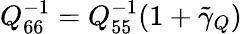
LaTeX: Q_{66}^{-1}=Q_{55}^{-1}(1+\tilde{\gamma}_{Q})